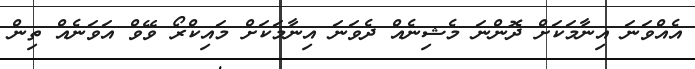
އެއްވަނަ އިނާމަކަށް ދޮންނަ މެޝިނެއް ދެވަނަ އިނާމަކަށް މައިކްރޯ ވޭވް އަވަނެއް ތިން